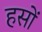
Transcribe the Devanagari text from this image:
हसों